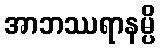
အာဘဿရာနမ္ပိ